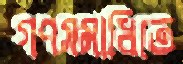
গণসমাধিতে